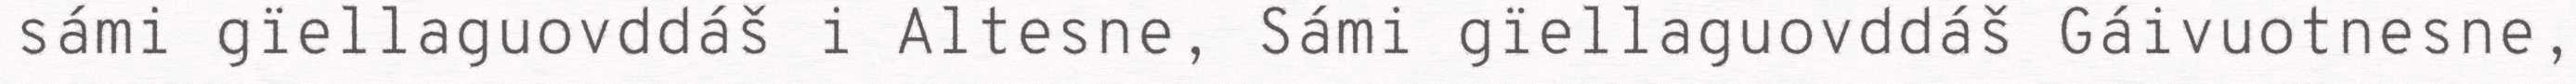
sámi gïellaguovddáš i Altesne, Sámi gïellaguovddáš Gáivuotnesne,